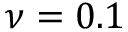
\nu = 0 . 1